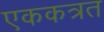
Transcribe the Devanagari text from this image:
एककत्रत